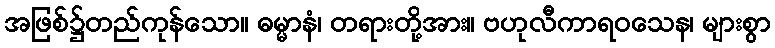
အဖြစ်၌တည်ကုန်သော။ ဓမ္မာနံ၊ တရားတို့အား။ ဗဟုလီကာရဝသေန၊ များစွာ